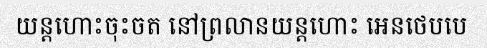
យន្តហោះចុះចត នៅព្រលានយន្តហោះ អេនថេបបេ